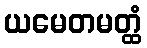
ယမေတမတ္ထံ